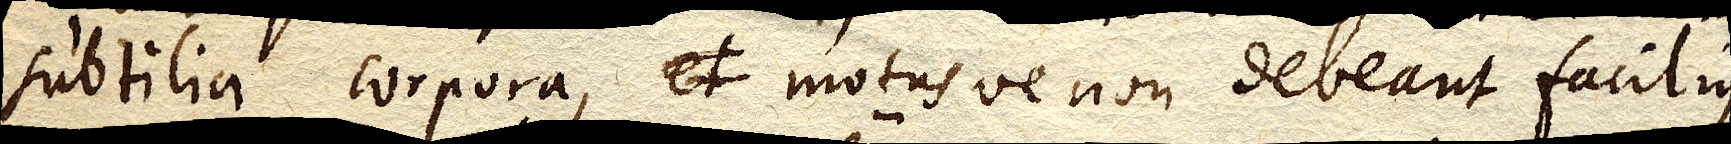
subtilia corpora, et motusve non debeant facilius